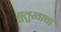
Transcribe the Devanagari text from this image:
मुलुखाचा